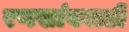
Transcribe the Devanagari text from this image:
रणखांबवाडी